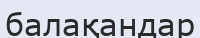
балақандар